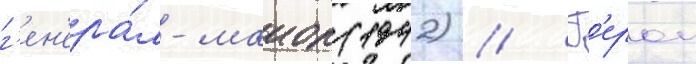
г'ен'ера́л-маиор (1942) // Г'ерои